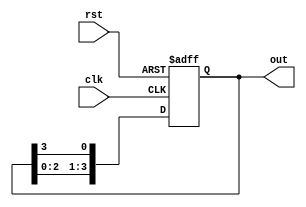
module ring_counter #(parameter N = 4) (
    input wire clk,          // Clock signal
    input wire rst,          // Asynchronous reset
    output reg [N-1:0] out   // Output representing the state of the ring counter
);

    // Asynchronous reset and state update on clock edge
    always @(posedge clk or posedge rst) begin
        if (rst) begin
            out <= 1'b1;  // Initialize state: 100...0 for N bits
        end else begin
            // Shift the '1' to the next flip-flop
            out <= {out[N-2:0], out[N-1]};
        end
    end

endmodule